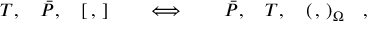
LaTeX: { \cal T } , \quad \bar { \cal P } , \quad [ \, , \, ] \quad \quad \Longleftrightarrow \quad \quad \bar { \cal P } , \quad { \cal T } , \quad ( \, , \, ) _ { \Omega } \quad ,